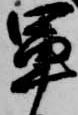
軍